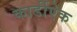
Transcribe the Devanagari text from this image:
कार्डीऐक